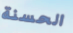
الحسنة